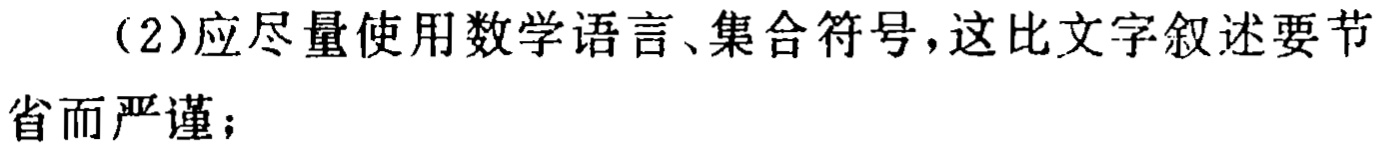
（2）应尽量使用数学语言、集合符号，这比文字叙述要节省而严谨；